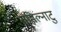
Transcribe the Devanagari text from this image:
तमिल्नाटु